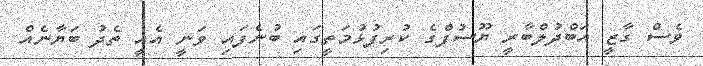
ވެސް ގާޒީ އަބްދުލްބާރީ ޔޫސުފްގެ ކުރިފުޅުމަތީގައި ބުނެފައި ވަނީ އެއީ ތެދު ބަޔާނެއް